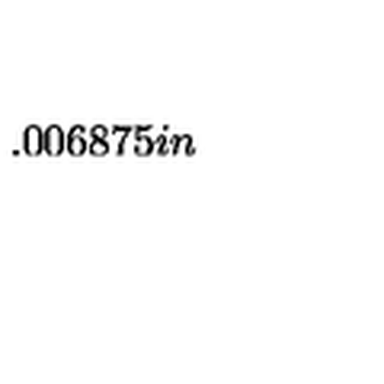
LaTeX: \setlength { \unitlength } { 0 . 0 0 6 8 7 5 i n }